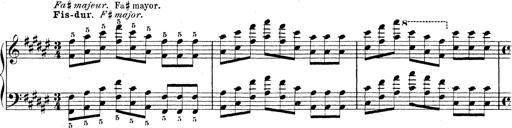
Title: Technische Studien
Composer: Franz Liszt